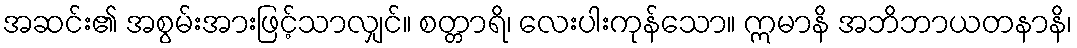
အဆင်း၏ အစွမ်းအားဖြင့်သာလျှင်။ စတ္တာရိ၊ လေးပါးကုန်သော။ ဣမာနိ အဘိဘာယတနာနိ၊